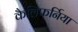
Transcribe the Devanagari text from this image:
कैलिफर्निया